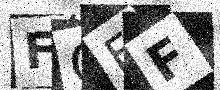
Text: FQFF